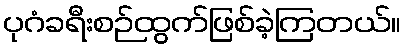
ပုဂံခရီးစဉ်ထွက်ဖြစ်ခဲ့ကြတယ်။